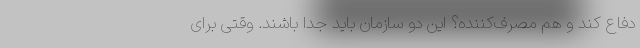
دفاع کند و هم مصرف‌کننده؟ این دو سازمان باید جدا باشند. وقتی برای